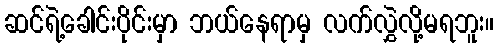
ဆင်ရဲ့ခေါင်းပိုင်းမှာ ဘယ်နေရာမှ လက်လွှဲလို့မရဘူး။